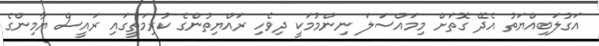
އަގުލަބިއްޔަތު އެދޭ ގޮތަށް މިމައްސަލަ ނިންމުމަކީ ދިވެހި ރައްޔިތުންގެ ކުރިމަތީގައި ރައީސް ޔާމިންގެ